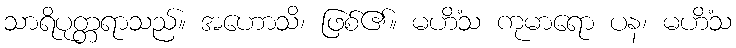
သာရိပုတ္တရာသည်။ အဟောသိ၊ ဖြစ်၏။ မဟိံသ ကုမာရော ပန၊ မဟိံသ